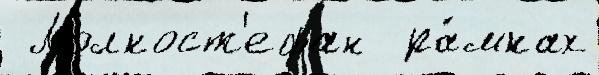
 Молкост'ефан  ра́мках